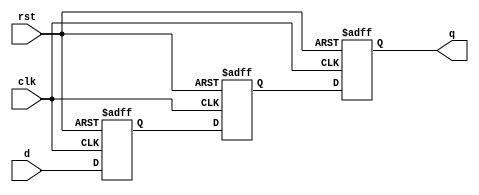
module SISO (d,clk,rst,q);
    input d,clk,rst;
    output reg q;
    reg w,x;
    always @(negedge rst, posedge clk)
    if(!rst)
    begin
        w<=1'b0;
        x<=1'b0;
        q<=1'b0;
    end
    else
    begin
        w<=d;
        x<=w;
        q<=x;
    end

endmodule